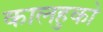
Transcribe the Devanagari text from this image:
कालहुको